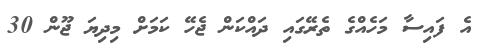
އެ ފައިސާ މަހެއްގެ ތެރޭގައި ދައްކަން ޖެހޭ ކަމަށް މިދިޔަ ޖޫން 30